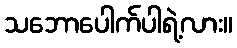
သဘောပေါက်ပါရဲ့လား။